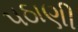
પઠાણી